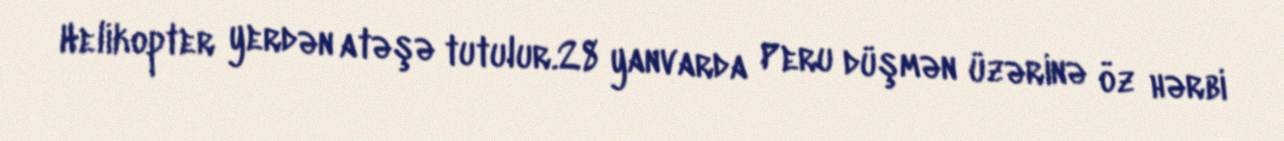
Helikopter yerdən atəşə tutulur.28 yanvarda Peru düşmən üzərinə öz hərbi